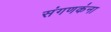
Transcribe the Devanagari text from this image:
संगणकंना